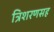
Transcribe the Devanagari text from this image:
त्रिशरणसह